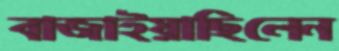
বাজাইয়াছিলেন